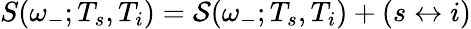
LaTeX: S(\omega_{-};T_{s},T_{i})={\cal S}(\omega_{-};T_{s},T_{i})+(s\leftrightarrow i)